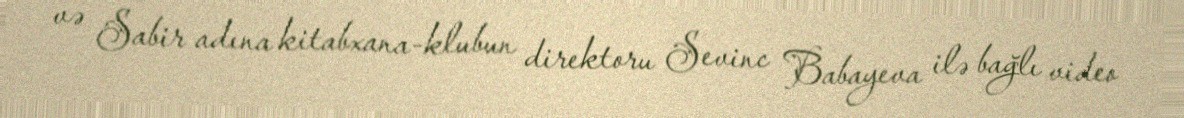
və Sabir adına kitabxana-klubun direktoru Sevinc Babayeva ilə bağlı video